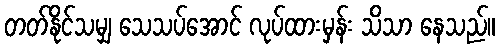
တတ်နိုင်သမျှ သေသပ်အောင် လုပ်ထားမှန်း သိသာ နေသည်။